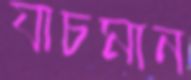
যাচমান